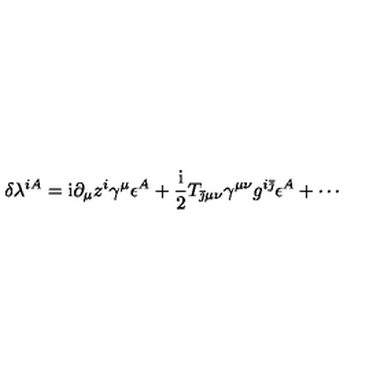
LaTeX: \delta \lambda ^ { i A } = \mathrm { i } \partial _ { \mu } z ^ { i } \gamma ^ { \mu } \epsilon ^ { A } + { \frac { \mathrm { i } } { 2 } } T _ { \bar { \jmath } \mu \nu } \gamma ^ { \mu \nu } g ^ { i \bar { \jmath } } \epsilon ^ { A } + \cdots